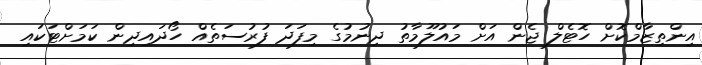
އިންތިޒާމްކޮށް ހޮޓެލް ޖެން އަށް މައުލޫމާތު ދިނުމުގެ މިފަދަ ފުރުސަތެއް ހޯދައިދިން ކަމަށްޓަކައި